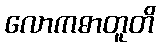
လောကဓာတူတိ